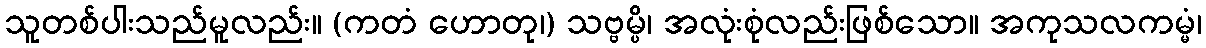
သူတစ်ပါးသည်မူလည်း။ (ကတံ ဟောတု၊) သဗ္ဗမ္ပိ၊ အလုံးစုံလည်းဖြစ်သော။ အကုသလကမ္မံ၊